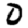
Digit: 0